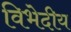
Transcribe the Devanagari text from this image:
विभेदीय